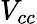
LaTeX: V_{cc}